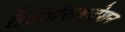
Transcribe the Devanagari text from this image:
पैस्चोराइजेशन